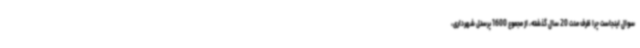
سوال اینجاست چرا ظرف مدت 20 سال گذشته، از مجموع 1600 پرسنل شهرداری،